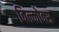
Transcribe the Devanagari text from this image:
विल्कोक्स